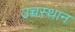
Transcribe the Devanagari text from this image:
उच्चस्थान